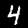
Digit: 4